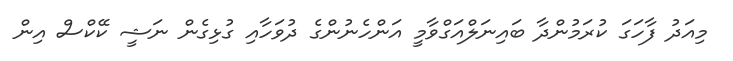
މިއަދު ފާހަގަ ކުރަމުންދާ ބައިނަލްއަގްވާމީ އަންހެނުންގެ ދުވަހާއި ގުޅިގެން ނަޝީ ކޭކްސް އިން